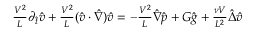
\begin{array} { r } { \frac { V ^ { 2 } } { L } \partial _ { \hat { t } } \hat { v } + \frac { V ^ { 2 } } { L } ( \hat { v } \cdot \hat { \nabla } ) \hat { v } = - \frac { V ^ { 2 } } { L } \hat { \nabla } \hat { p } + G \hat { g } + \frac { \nu V } { L ^ { 2 } } \hat { \Delta } \hat { v } } \end{array}